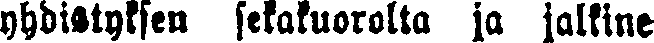
yhdistyksen sekakuorolta ja jalkine